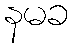
နမခ